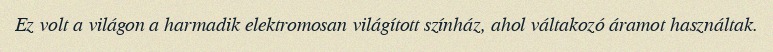
Ez volt a világon a harmadik elektromosan világított színház, ahol váltakozó áramot használtak.